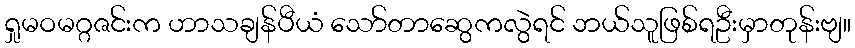
ရှုမဝမဂ္ဂဇင်းက ဟာသချန်ပီယံ သော်တာဆွေကလွဲရင် ဘယ်သူဖြစ်ရဦးမှာတုန်းဗျ။